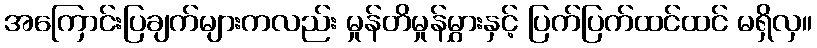
အကြောင်းပြချက်များကလည်း မှုန်တိမှုန်မွှားနှင့် ပြက်ပြက်ထင်ထင် မရှိလှ။